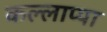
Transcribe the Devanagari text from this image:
कल्लाप्पा